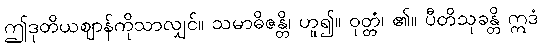
ဤဒုတိယဈာန်ကိုသာလျှင်။ သမာဓိဇန္တိ၊ ဟူ၍။ ဝုတ္တံ၊ ၏။ ပီတိသုခန္တိ ဣဒံ